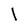
Character: I